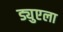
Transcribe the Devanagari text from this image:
ड्युएला